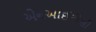
એનઆઈટીસી